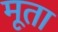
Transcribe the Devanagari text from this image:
मूता